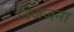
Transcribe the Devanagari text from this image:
निजजना